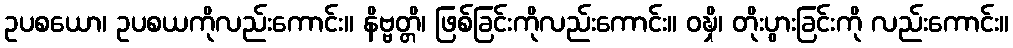
ဥပစယော၊ ဥပစယကိုလည်းကောင်း။ နိဗ္ဗတ္တိ၊ ဖြစ်ခြင်းကိုလည်းကောင်း။ ဝဍ္ဎှိ၊ တိုးပွားခြင်းကို လည်းကောင်း။